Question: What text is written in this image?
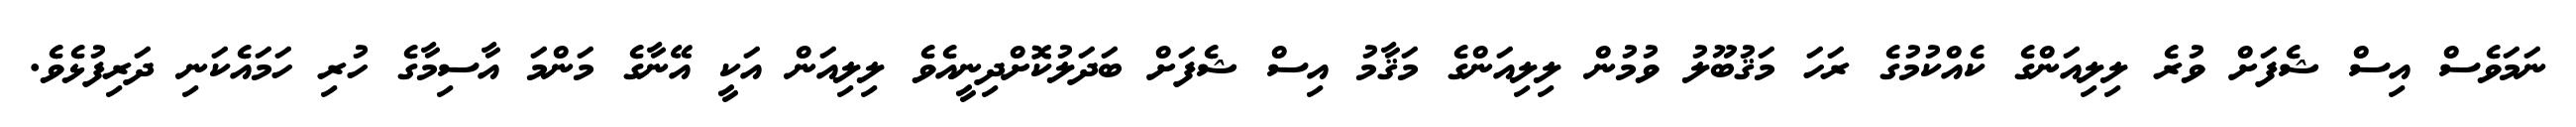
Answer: ނަމަވެސް އިސް ޝެފަށް ވުރެ ލިލިއަންގެ ކެއްކުމުގެ ރަހަ މަޤުބޫލު ވުމުން ލިލިއަންގެ މަޤާމު އިސް ޝެފަށް ބަދަލުކޮށްދިނީއެވެ ލިލިއަން އަކީ އޭނާގެ މަންމަ އާސިމާގެ ހުރި ހަމައެކަނި ދަރިފުޅެވެ.